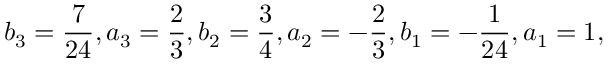
b _ { 3 } = \frac { 7 } { 2 4 } , a _ { 3 } = \frac { 2 } { 3 } , b _ { 2 } = \frac { 3 } { 4 } , a _ { 2 } = - \frac { 2 } { 3 } , b _ { 1 } = - \frac { 1 } { 2 4 } , a _ { 1 } = 1 ,